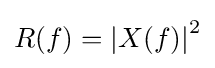
R(f)=\left|X(f)\right|^{2}